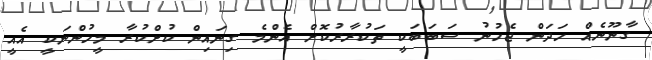
ގާނޫނެއް ހަދަން ޖެހުނު ސަބަބަކީ ތަކުރާރުކޮށް އެންމެ ގިނައިން ކުށްކުރާ މީހުންނަކީ އެއީ